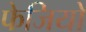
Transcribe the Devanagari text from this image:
फेजियो